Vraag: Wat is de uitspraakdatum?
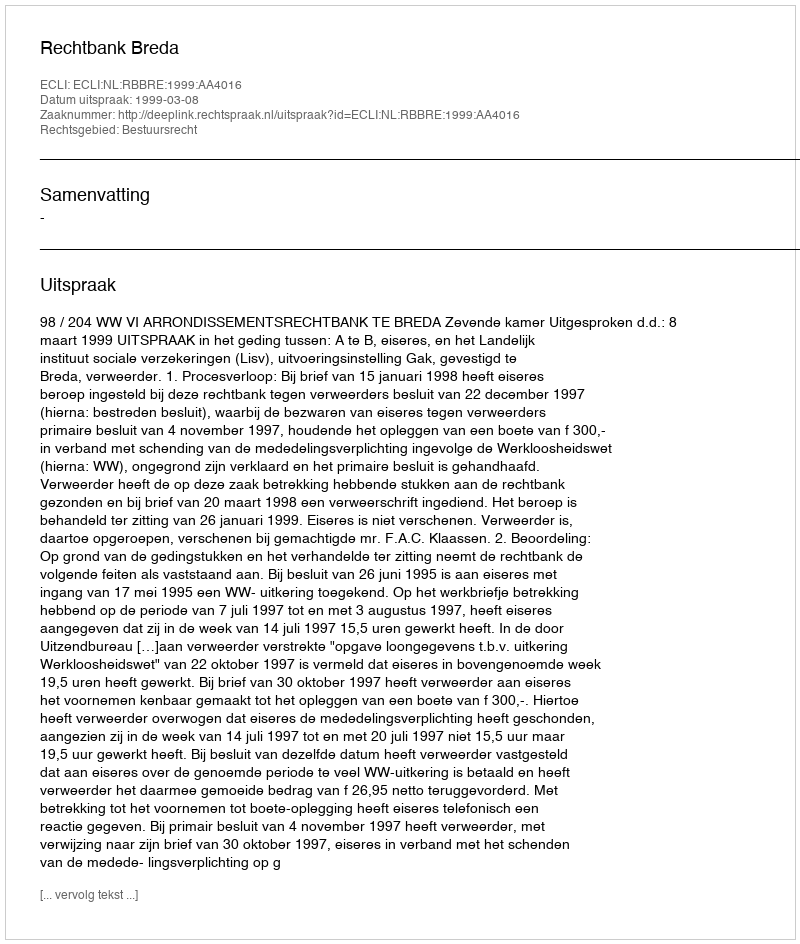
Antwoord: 1999-03-08